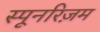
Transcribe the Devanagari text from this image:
स्पूनरिज़म